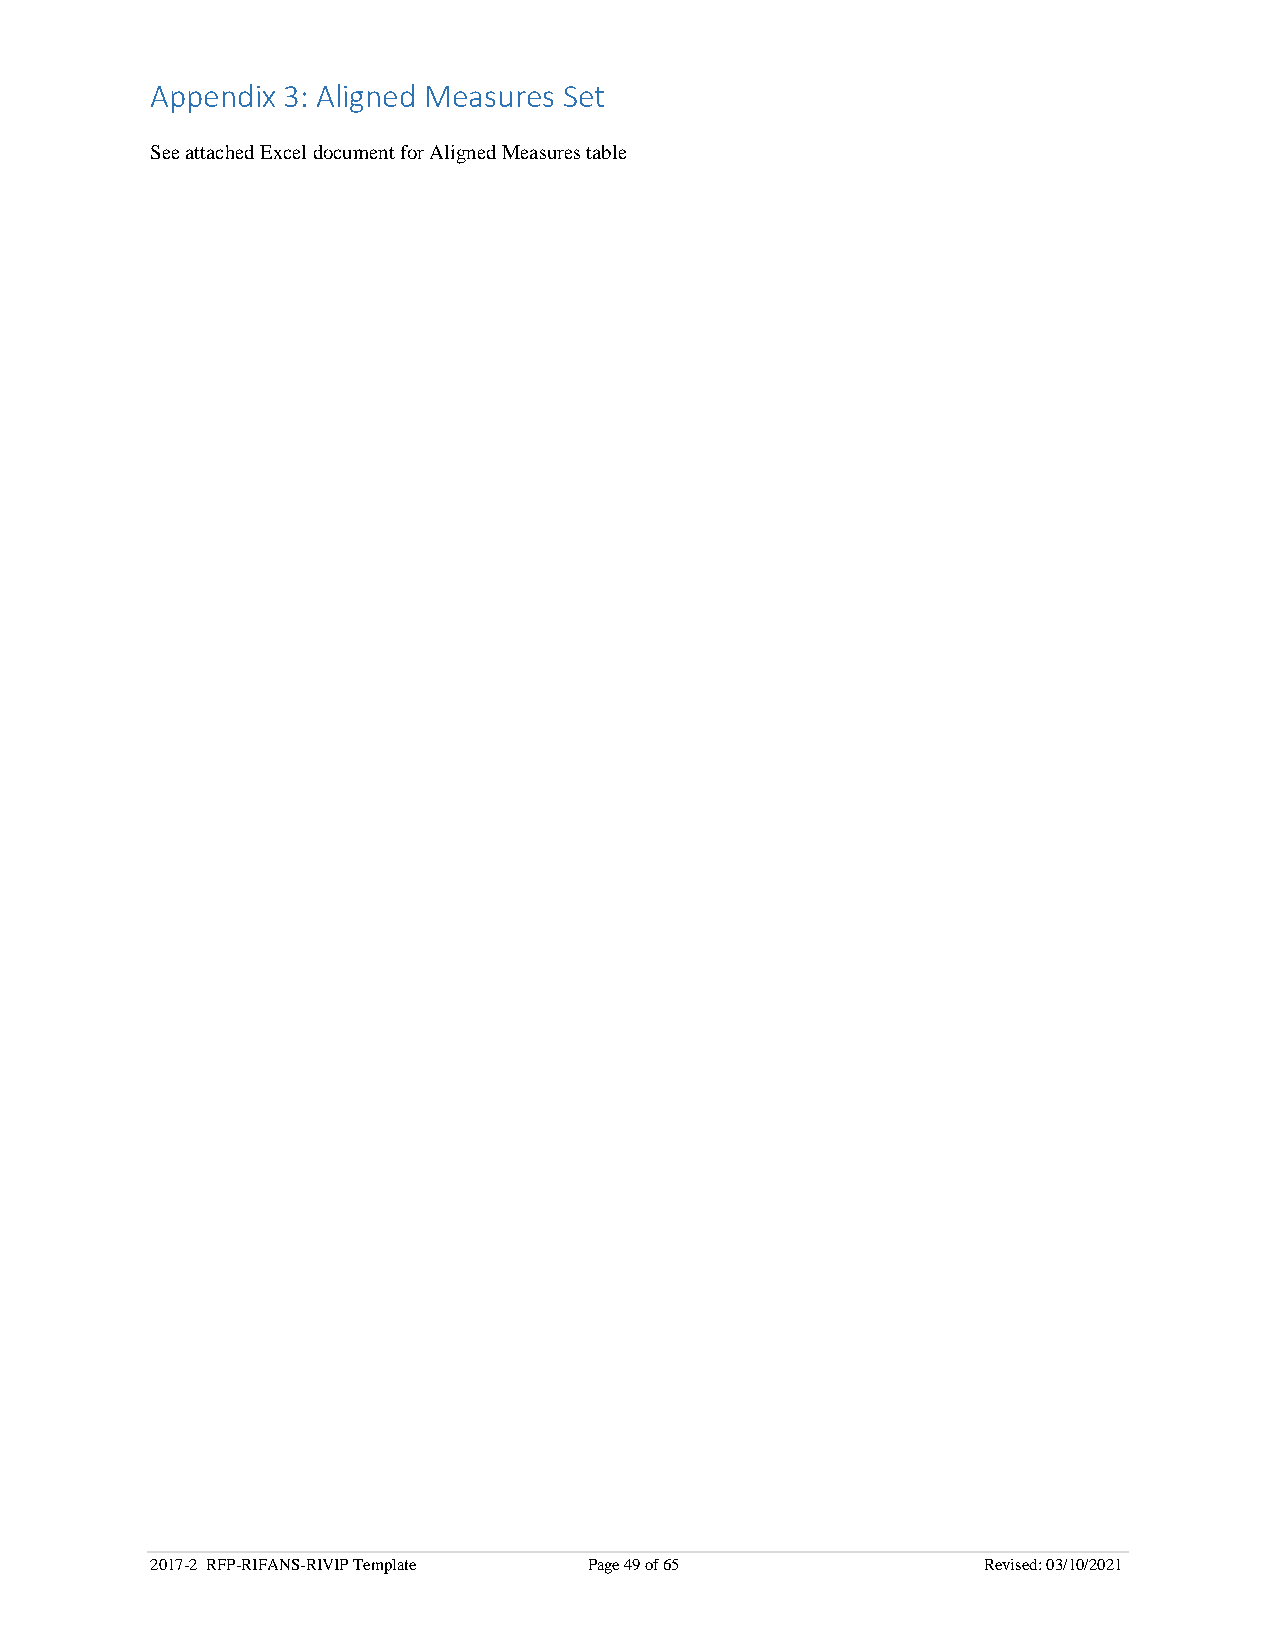
Appendix 3: Aligned Measures Set
 See attached Excel document for Aligned Measures table
 2017-2 RFP-RIFANS-RIVIP Template Page 49 of 65         Revised: 03/10/2021